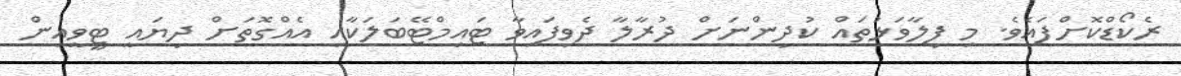
ރެކޯޑްކޮށްފައެވެ. މި ފިލާވަޅުތައް ކުދިންނަށް ދުރާލާ ދެވިފައިވާ ޓައިމްޓޭބަލަކާއި އެއްގޮތަށް ދިޔައީ ޓީވީއިން